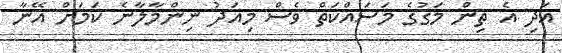
އަދި އެ ތިން މަގުގެ މަސައްކަތް ވެސް މިއަދު ނިންމާލާނެ ކަމަށް އޭނާ